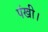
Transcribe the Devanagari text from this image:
पंखी।